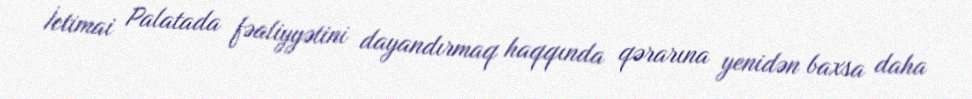
İctimai Palatada fəaliyyətini dayandırmaq haqqında qərarına yenidən baxsa daha